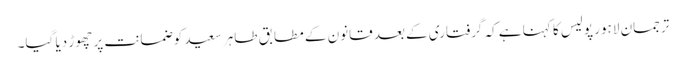
ترجمان لاہور پولیس کا کہنا ہے کہ گرفتاری کے بعد قانون کے مطابق طاہر سعید کوضمانت پر چھوڑ دیا گیا۔